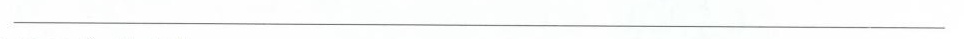
___